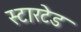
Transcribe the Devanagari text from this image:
स्टारटेड